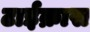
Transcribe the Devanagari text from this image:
टाईक्रास